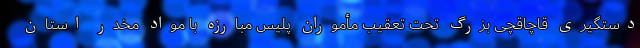
دستگیری قاچاقچی بزرگ تحت تعقیب مأموران پلیس مبارزه با مواد مخدر استان